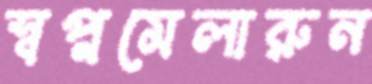
স্বপ্নমেলারুন